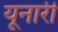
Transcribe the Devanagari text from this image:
यूनारी